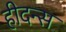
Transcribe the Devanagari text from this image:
हीदन्स